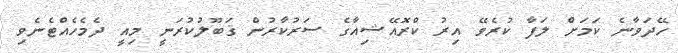
ހޭދަވާނެ ކަމަށް ލަފާ ކުރެވޭ އިރު ކްރޮއޭޝިއާގެ ސަރުކާރުން ޤަބޫލުކުރަނީ މިއީ ދެމެހެއްޓެނެވި